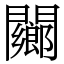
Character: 䦳